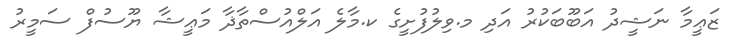
ޒަޢީމާ ނަޝީދު އަބޫބަކުރު އަދި މ.ވިލުފުށީގެ ކ.މާލެ އަލްއުސްތާޛާ މަޢީޝާ ޔޫސުފް ސަމީރު